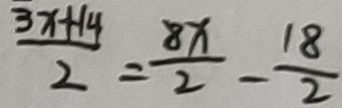
\frac { 3 x + 1 4 } { 2 } = \frac { 8 x } { 2 } - \frac { 1 8 } { 2 }